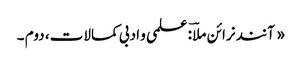
« آنند نرائن ملاؔ : علمی و ادبی کمالات، دوم ۔